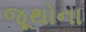
જૂથોના